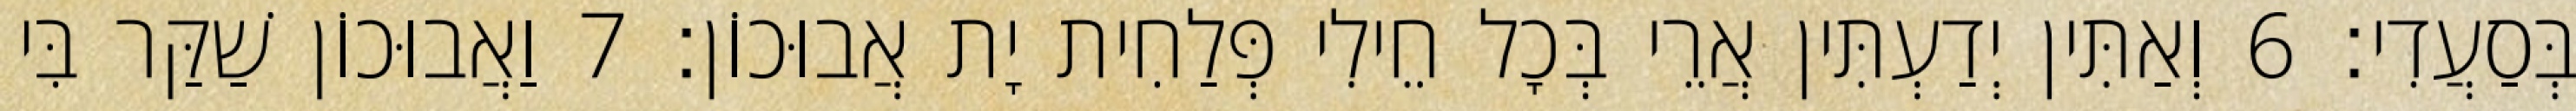
בְּסַעֲדִי׃ 6 וְאַתִּין יְדַעְתִּין אֲרֵי בְּכָל חֵילִי פְּלַחִית יָת אֲבוּכוֹן׃ 7 וַאֲבוּכוֹן שַׁקַּר בִּי